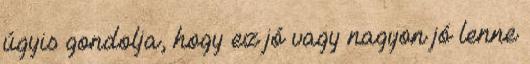
úgyis gondolja, hogy ez jó vagy nagyon jó lenne